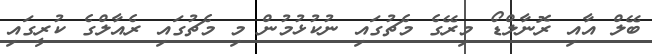
ބޭލް އާއި ރޮނާލްޑޯ މިރޭގެ މެޗުގައި ނުކުޅުމުން މި މެޗުގައި ރެއާލްގެ ކުރީގައި